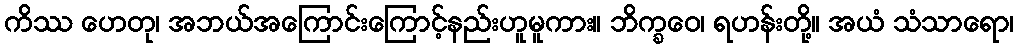
ကိဿ ဟေတု၊ အဘယ်အကြောင်းကြောင့်နည်းဟူမူကား။ ဘိက္ခဝေ၊ ရဟန်းတို့။ အယံ သံသာရော၊